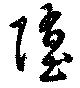
堕